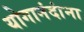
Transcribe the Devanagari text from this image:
योगानंदांना